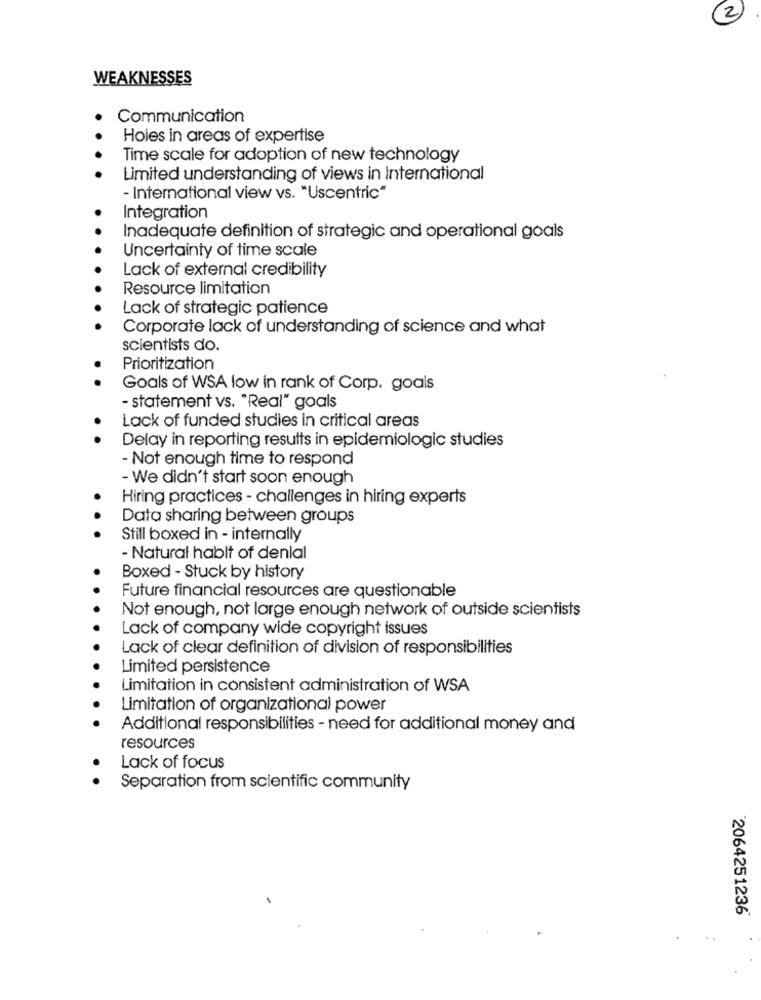
(2
WEAKNESSES
Communication
Holes in areas of expertise
Time scale for adoption of new technology
Limited understanding of views in International
- International view vs. "Uscentric"
Integration
Inadequate definition of strategic and operational goals
Uncertainty of time scale
Lack of external credibility
Resource limitation
Lack of strategic patience
Corporate lack of understanding of science and what
scientists do.
Prioritization
Goals of WSA low in rank of Corp. goals
- statement vs. "Real" goals
Lack of funded studies in critical areas
Delay in reporting results in epidemiologic studies
- Not enough time to respond
- We didn't start soon enough
Hiring practices - challenges in hiring experts
Data sharing between groups
.. .
Still boxed in - internally
- Natural hablt of denial
Boxed - Stuck by history
Future financial resources are questionable
Not enough, not large enough network of outside scientists
Lack of company wide copyright issues
Lack of clear definition of division of responsibilities
Limited persistence
Limitation in consistent administration of WSA
Limitation of organizational power
Additional responsibilities - need for additional money and
resources
Lack of focus
Separation from scientific community
2064251236